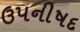
ઉપનીષદ